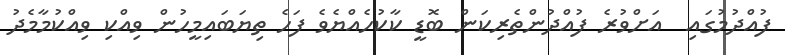
ފުއްދުމުގައި  އަށްވުރެ ފުއްދުންތެރިކަން ބޮޑީ ކާކުހެއްޔެވެ ފަހެ ތިޔަބައިމީހުން ވިއްކި ވިއްކުމާމެދު